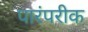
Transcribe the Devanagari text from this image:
पारंपरीक